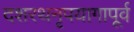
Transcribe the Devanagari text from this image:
दशरथनृपयागापूर्व